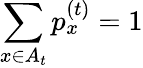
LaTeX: \sum_{x\in A_{t}}p_{x}^{(t)}=1